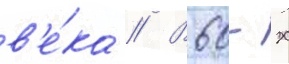
в'е́ка // В 60-х